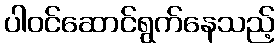
ပါဝင်ဆောင်ရွက်နေသည့်